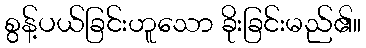
စွန့်ပယ်ခြင်းဟူသော ခိုးခြင်းမည်၏။